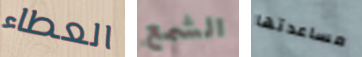
العطاء الشمع مساعدتها